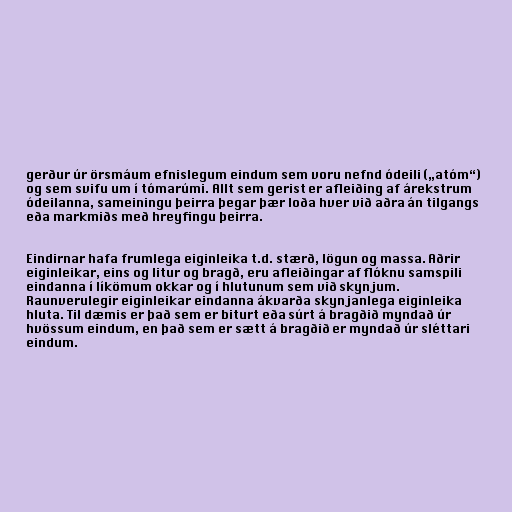
gerður úr örsmáum efnislegum eindum sem voru nefnd ódeili („atóm“)
og sem svifu um í tómarúmi. Allt sem gerist er afleiðing af árekstrum
ódeilanna, sameiningu þeirra þegar þær loða hver við aðra án tilgangs
eða markmiðs með hreyfingu þeirra.

Eindirnar hafa frumlega eiginleika t.d. stærð, lögun og massa. Aðrir
eiginleikar, eins og litur og bragð, eru afleiðingar af flóknu samspili
eindanna í líkömum okkar og í hlutunum sem við skynjum.
Raunverulegir eiginleikar eindanna ákvarða skynjanlega eiginleika
hluta. Til dæmis er það sem er biturt eða súrt á bragðið myndað úr
hvössum eindum, en það sem er sætt á bragðið er myndað úr sléttari
eindum.